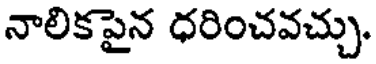
నాలికపైన ధరించవచ్చు.